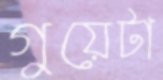
গুয়েটা